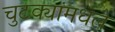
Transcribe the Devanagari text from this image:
चुटक्यांमधले